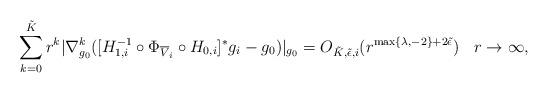
LaTeX: \begin{align*}\sum_{k=0}^{\tilde{K}} r^k |\nabla_{g_0}^k([H_{1,i}^{-1} \circ \Phi_{\overline{V}_i} \circ H_{0,i}]^*g_i - g_0)|_{g_0} = O_{\tilde{K},\tilde{\epsilon},i}(r^{\max\{\lambda,-2\}+2\tilde{\epsilon}})\;\,\;\,r\to\infty,\end{align*}